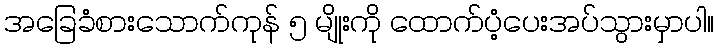
အခြေခံစားသောက်ကုန် ၅ မျိုးကို ထောက်ပံ့ပေးအပ်သွားမှာပါ။